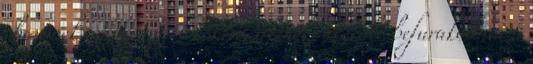
charnock az az angol kókler, akinek sikerült befurakodnia a